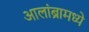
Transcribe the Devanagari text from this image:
आलांब्रामध्ये